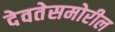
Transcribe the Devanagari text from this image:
देवतेसमोरील